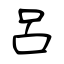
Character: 呂